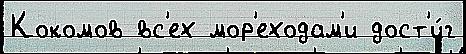
Кокомов вс'ех мор'еходам'и дост'и́г